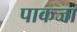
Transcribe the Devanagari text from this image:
पाकजा